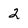
Character: 2